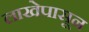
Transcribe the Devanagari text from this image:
लाखेपासून